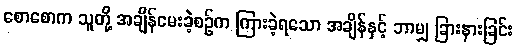
စောစောက သူတို့ အချိန်မေးခဲ့စဉ်က ကြားခဲ့ရသော အချိန်နှင့် ဘာမျှ ခြားနားခြင်း